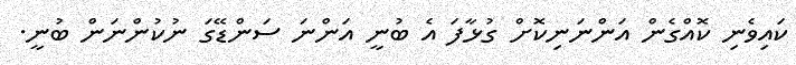
ކައިވެނި ކޮއްގެން އަންނަނިކޮށް ގުޅާފަ އެ ބުނީ އަންނަ ސަންޑޭގަ ނުކުންނަން ބުނީ.